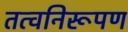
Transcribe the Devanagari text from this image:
तत्वनिरूपण